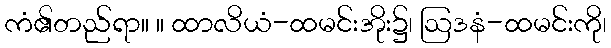
ကံ၏တည်ရာ။ ။ ထာလိယံ-ထမင်းအိုး၌၊ ဩဒနံ-ထမင်းကို၊